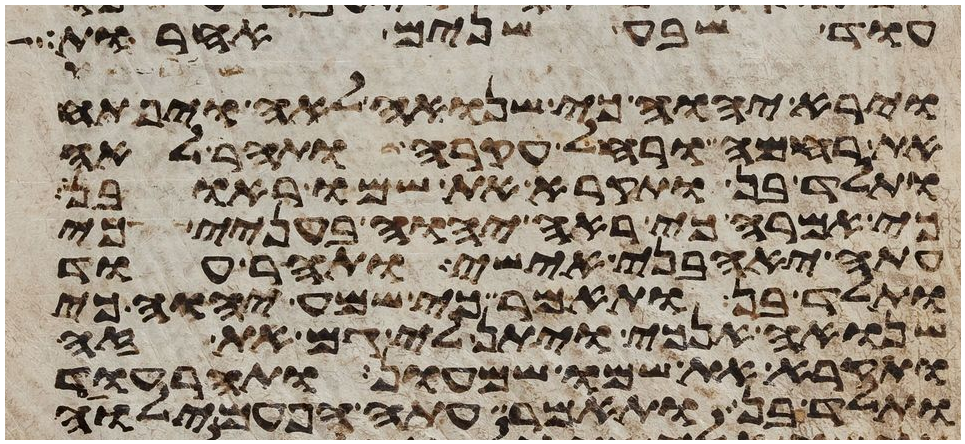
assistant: עוד שבע שנים אחרות
וירא יהוה כי שנואה לאה ויפתח
את רחמה ורחל עקרה ותהר לאה
ותלד בן ותקרא את שמו ראובן
כי אמרה כי ראה יהוה בעניי כי
עתה יאהבני אישי ותהר עוד
ותלד בן ותאמר כי שמע יהוה כי
שנואה אנכי ויתן לי גם את זה
ותקרא את שמו שמעון ותהר עוד
ותלד בן ותאמר עתה הפעם ילוה